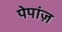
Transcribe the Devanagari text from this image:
पेपांज़